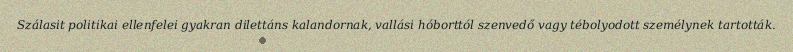
Szálasit politikai ellenfelei gyakran dilettáns kalandornak, vallási hóborttól szenvedő vagy tébolyodott személynek tartották.